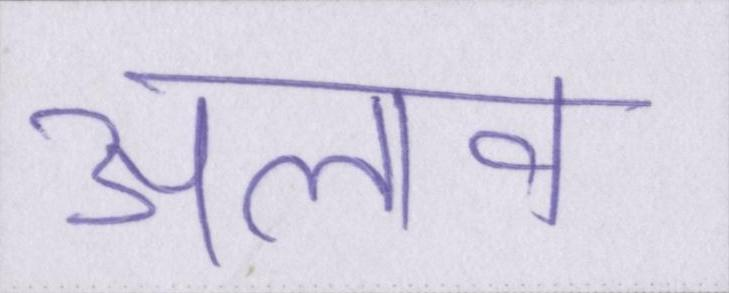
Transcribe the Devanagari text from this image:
अलाव